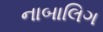
નાબાલિગ